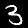
Label: 3